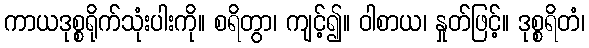
ကာယဒုစ္စရိုက်သုံးပါးကို။ စရိတွာ၊ ကျင့်၍။ ဝါစာယ၊ နှုတ်ဖြင့်။ ဒုစ္စရိတံ၊